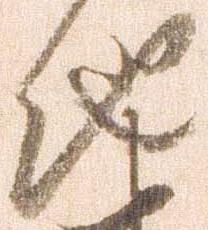
地